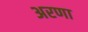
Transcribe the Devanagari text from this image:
अरणा